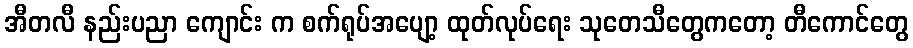
အီတလီ နည်းပညာ ကျောင်း က စက်ရုပ်အပျော့ ထုတ်လုပ်ရေး သုတေသီတွေကတော့ တီကောင်တွေ